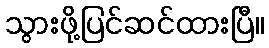
သွားဖို့ပြင်ဆင်ထားပြီ။